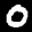
Label: 0